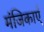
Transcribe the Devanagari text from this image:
मंजिकाएँ